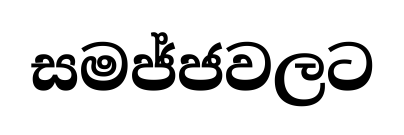
සමජ්ජවලට